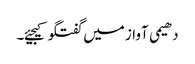
دھیمی آواز میں گفتگو کیجیئے۔